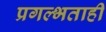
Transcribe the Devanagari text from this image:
प्रगल्भताही